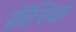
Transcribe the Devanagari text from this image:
प्रोविन्शियल